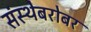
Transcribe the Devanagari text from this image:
संस्थेबरोबर